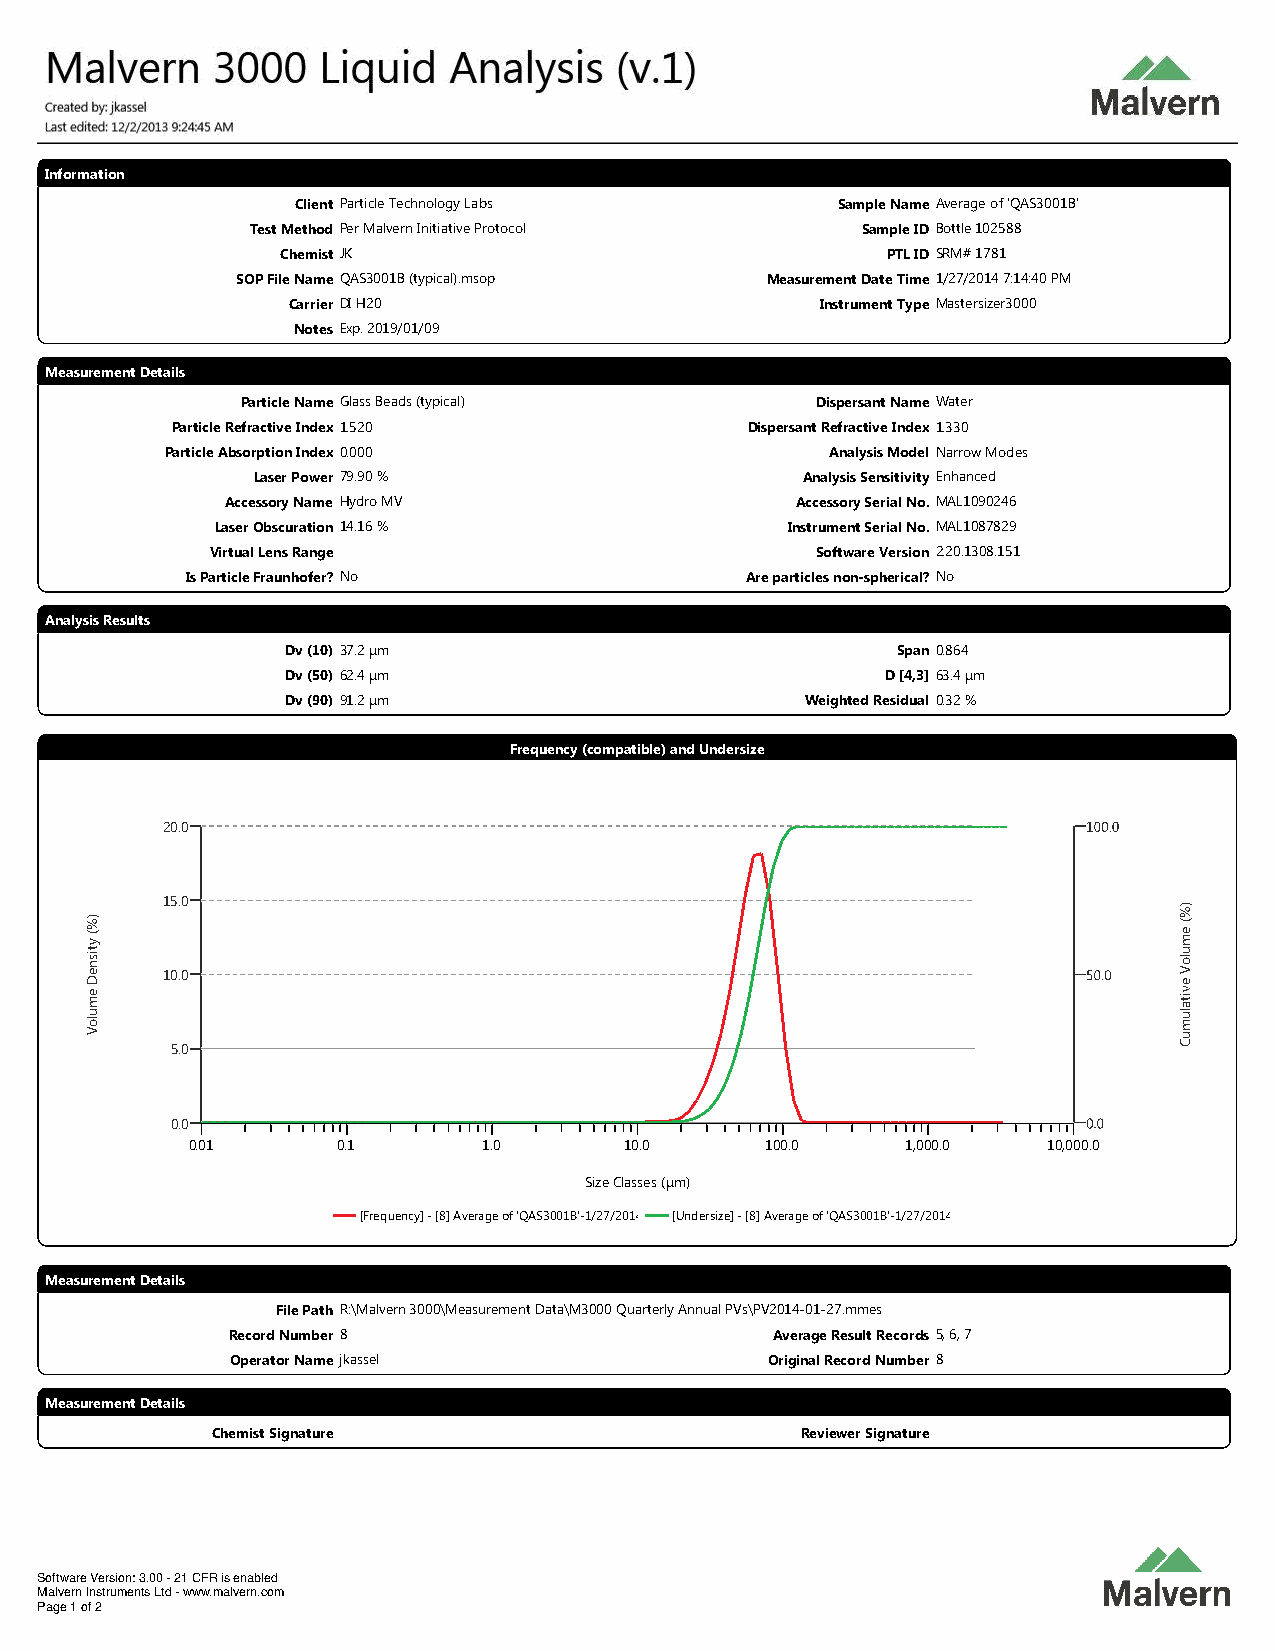
Information
 Client Particle Technology Labs    Sample NameAverage of 'QAS3001B'
 Test Method Per Malvern Initiative Protocol Sample IDBottle 102588
 Chemist JK                              PTL IDSRM# 1781
 SOP File Name QAS3001B (typical).msop Measurement Date Time1/27/2014 7:14:40 PM
 Carrier DI H20                     Instrument TypeMastersizer3000
 Notes Exp. 2019/01/09
 Measurement Details
 Particle Name Glass Beads (typical)   Dispersant NameWater
 Particle Refractive Index1.520        Dispersant Refractive Index1.330
 Particle Absorption Index0.000              Analysis Model Narrow Modes
 Laser Power 79.90 %                 Analysis SensitivityEnhanced
 Accessory Name HydroMV                Accessory Serial No.MAL1090246
 Laser Obscuration 14.16 %             Instrument Serial No.MAL1087829
 Virtual Lens Range                      Software Version 2.20.1308.151
 Is Particle Fraunhofer? No           Are particles non-spherical? No
 Analysis Results
 Dv (10) 37.2 µm                         Span 0.864
 Dv (50) 62.4 µm                         D [4,3] 63.4 µm
 Dv (90) 91.2 µm                   Weighted Residual 0.32 %
 Frequency (compatible) and Undersize
 20.0
 15.0
 10.0
 5.0
 0.0
 0.01      0.1       1.0      10.0      100.0    1,000.0  10,000.0
 Size Classes (µm)
 [Frequency] - [8] Average of 'QAS3001B'-1/27/2014 7:14:4[U0n PdMersize] - [8] Average of 'QAS3001B'-1/27/2014 7:14:40 PM
 Measurement Details
 File Path R:\Malvern 3000\Measurement Data\M3000 Quarterly Annual PVs\PV2014-01-27.mmes
 Record Number 8                     Average Result Records 5, 6, 7
 Operator Name jkassel               Original Record Number8
 Measurement Details
 Chemist Signature                      Reviewer Signature
 Software Version: 3.00 -21 CFR is enabled
 Malvern Instruments Ltd -www.malvern.com
 Page 1 of 2
 )%(
 ytisneD
 emuloV
 )%(
 emuloV
 evitalumuC